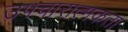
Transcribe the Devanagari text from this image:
उपचारात्मकता